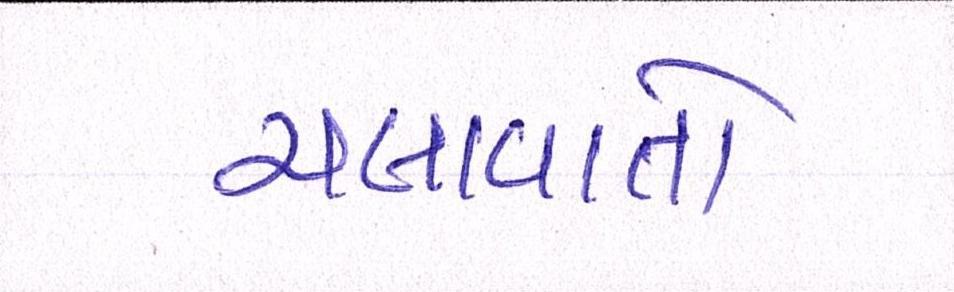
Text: ચલાવાતો